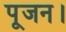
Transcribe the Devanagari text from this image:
पूजन।